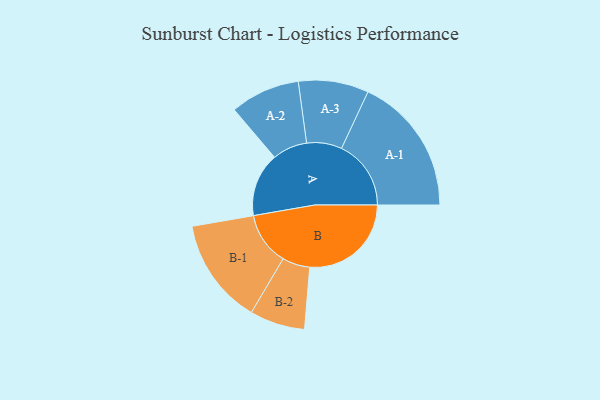
{"axis": {"x": "Segment", "y": "Value"}, "legend": ["", "A", "B"], "data": [{"x": "A", "y": 263, "type": ""}, {"x": "B", "y": 419, "type": ""}, {"x": "A-1", "y": 287, "type": "A"}, {"x": "A-2", "y": 144, "type": "A"}, {"x": "A-3", "y": 145, "type": "A"}, {"x": "B-1", "y": 219, "type": "B"}, {"x": "B-2", "y": 114, "type": "B"}]}